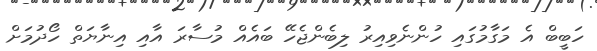
ހަބީބް އެ މަގާމުގައި ހުންނެވިއިރު ލިބެންޖެހޭ ބައެއް މުސާރަ އާއި އިނާޔަތް ހޯދުމަށް